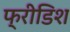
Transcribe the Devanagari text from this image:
फ्रीडिश